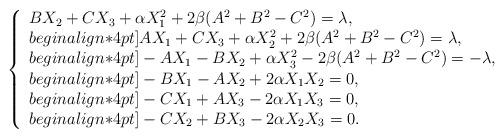
LaTeX: \begin{align*}\left\{\begin{array}{l}B X_2+C X_3 +\alpha X_1^2+2\beta (A^2+B^2-C^2)=\lambda, \\begin{align*}4pt]A X_1+C X_3 +\alpha X_2^2+2\beta (A^2+B^2-C^2)=\lambda, \\begin{align*}4pt]-A X_1 -B X_2+\alpha X_3^2-2\beta (A^2+B^2-C^2)=-\lambda, \\begin{align*}4pt]-B X_1-A X_2 +2\alpha X_1X_2 =0, \\begin{align*}4pt]-C X_1+A X_3-2\alpha X_1X_3 =0, \\begin{align*}4pt]-C X_2+B X_3-2\alpha X_2X_3 =0.\end{array}\right.\end{align*}